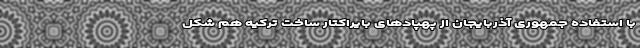
با استفاده جمهوری آذربایجان از پهپادهای بایراکتار ساخت ترکیه هم شکل